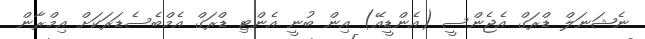
ނެޝަނަލް ޑްރަގް އެޖެންސީ (އެންޑީއޭ) އިން ބުނީ އެންޓި ޑްރަގް އެމްބެސެޑަރަކަށް އިމްރާން